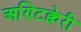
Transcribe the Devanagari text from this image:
अण्टिक्वेरी